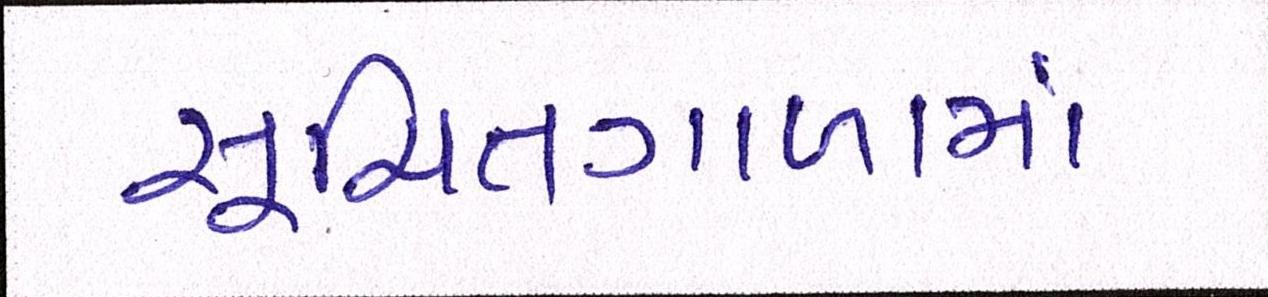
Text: સૂચિતગાળામાં